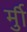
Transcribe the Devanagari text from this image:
र्मुी